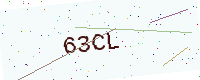
Text: 63CL